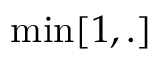
\operatorname* { m i n } [ 1 , . ]